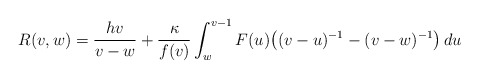
\begin{align*}R(v,w)=\frac{hv}{v-w}+\frac{\kappa}{f(v)}\int_w^{v-1}F(u)\big((v-u)^{-1}-(v-w)^{-1}\big)\,du\end{align*}